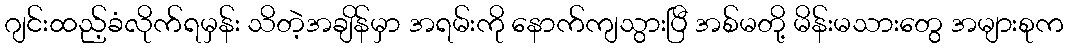
ဂျင်းထည့်ခံလိုက်ရမှန်း သိတဲ့အချိန်မှာ အရမ်းကို နောက်ကျသွားပြီ အစ်မတို့ မိန်းမသားတွေ အများစုက